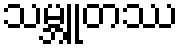
သမ္ဘူတဿ